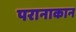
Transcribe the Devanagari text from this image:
परानाकान